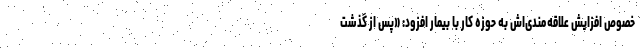
خصوص افزایش علاقه‌مندی‌اش به حوزه کار با بیمار افزود: «پس از گذشت